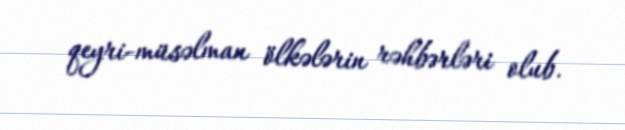
qeyri-müsəlman ölkələrin rəhbərləri olub.